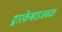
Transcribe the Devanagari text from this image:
द्वारकेश्वराजवळ